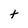
Character: t